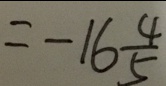
= - 1 6 \frac { 4 } { 5 }